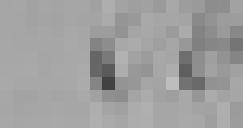
265